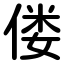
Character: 偻